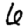
Digit: 6